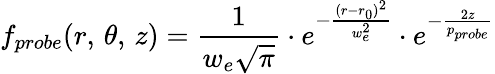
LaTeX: f_{probe}(r,\, \theta,\, z)=\frac{1}{w_{e}\sqrt{\pi}}\cdot e^{-\frac{(r-r_{0})^{2}}{w_{e}^{2}}}\cdot e^{-\frac{2z}{p_{probe}}}